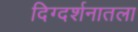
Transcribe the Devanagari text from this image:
दिग्दर्शनातला